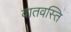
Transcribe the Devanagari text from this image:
वातवस्ति